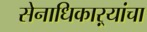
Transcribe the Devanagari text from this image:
सेनाधिकाऱ्यांचा